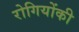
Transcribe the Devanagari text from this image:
रोगियोंकी